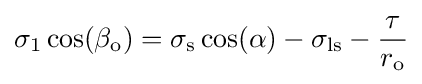
\sigma _{\mathrm {1} }\cos(\beta _{\mathrm {o} })=\sigma _{\mathrm {s} }\cos(\alpha )-\sigma _{\mathrm {ls} }-{\frac {\tau }{r_{\mathrm {o} }}}